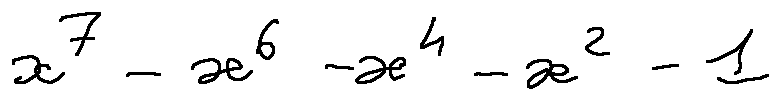
x ^ { 7 } - x ^ { 6 } - x ^ { 4 } - x ^ { 2 } - 1